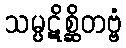
သမ္ပဋိစ္ဆိတဗ္ဗံ